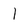
Character: 1